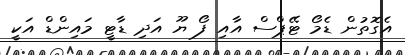
އެގޮތުން ޑެމޯ ޓޭޕްސް އާއި ފޯ ޔޫ އަދި ޑާޓީ މައިންޑް އަކީ